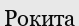
Рокита